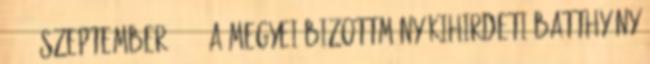
1848. szeptember 15. – A megyei bizottmány kihirdeti Batthyány